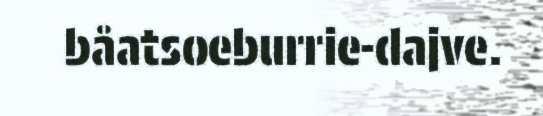
båatsoeburrie-dajve.